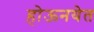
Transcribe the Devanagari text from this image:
होऊनयेत